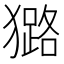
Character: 𤢊